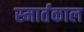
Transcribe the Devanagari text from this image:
स्मार्तकाल